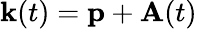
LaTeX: \mathbf{k}(t)=\mathbf{p}+\mathbf{A}(t)